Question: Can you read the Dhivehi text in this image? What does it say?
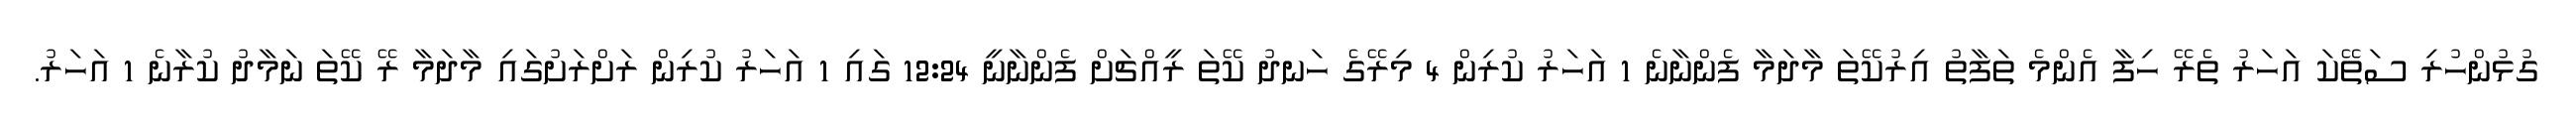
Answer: ގުޅުންހުރި ސަތޭކަ އަހަރު ތެރޭ ހިފާ އެންމެ ތަފާތު އިރުކޭތަ މާދަމާ ފެންނާނެ 1 އަހަރު ކުރިން 4 މިރޭގެ ހަނދު ކޭތަ ރީއްޗަށް ފެންނާނީ 12:24 ގައި 1 އަހަރު ކުރިން ރަށްރަށުގައި މާދަމާ ރޭ ކޭތަ ނަމާދު ކުރާނެ 1 އަހަރު.